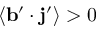
\langle { { \bf { b } } ^ { \prime } \cdot { \bf { j } } ^ { \prime } } \rangle > 0